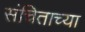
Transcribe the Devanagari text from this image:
संचिताच्या